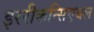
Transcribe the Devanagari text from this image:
इररीकन्सिएबल